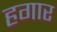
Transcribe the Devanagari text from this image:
हगार